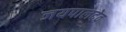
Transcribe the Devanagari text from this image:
जयपालदेव